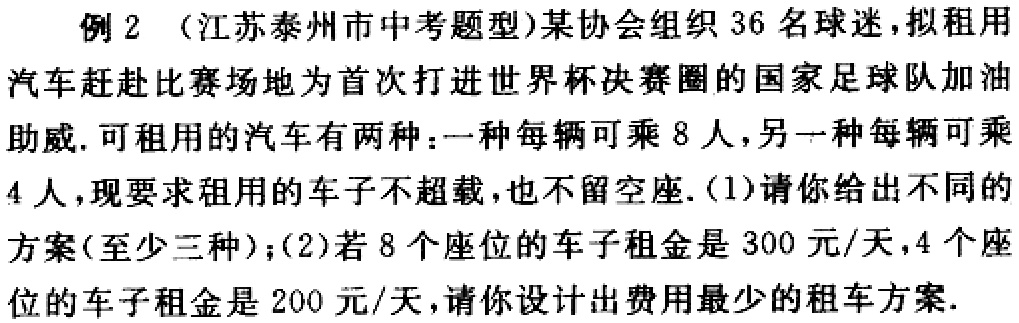
例2 （江苏泰州市中考题型）某协会组织 36 名球迷，拟租用汽车赶赴比赛场地为首次打进世界杯决赛圈的国家足球队加油助威. 可租用的汽车有两种：一种每辆可乘 8 人，另一种每辆可乘 4 人，现要求租用的车子不超载，也不留空座. (1)请你给出不同的方案(至少三种)；(2)若 8 个座位的车子租金是 300 元/天，4 个座位的车子租金是 200 元/天，请你设计出费用最少的租车方案.